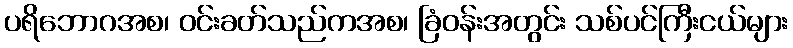
ပရိဘောဂအစ၊ ဝင်းခတ်သည်ကအစ၊ ခြံဝန်းအတွင်း သစ်ပင်ကြီးငယ်များ